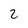
Character: z